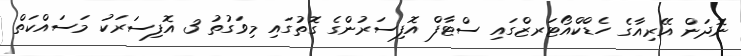
ނޮދަން އޭރިއާގެ ހެޑްކްއޯޓަރޒްގައި ސްޓާފް އޮފިސަރުންގެ ގޮތުގައި މިވަގުތު 3 އޮފިސަރަކު މަސައްކަތް